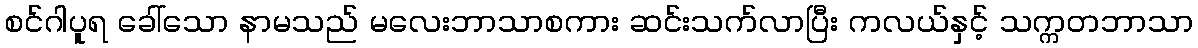
စင်ဂါပူရ ခေါ်သော နာမသည် မလေးဘာသာစကား ဆင်းသက်လာပြီး ကလယ်နှင့် သက္ကတဘာသာ